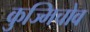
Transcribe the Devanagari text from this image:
कुज्मिचोव